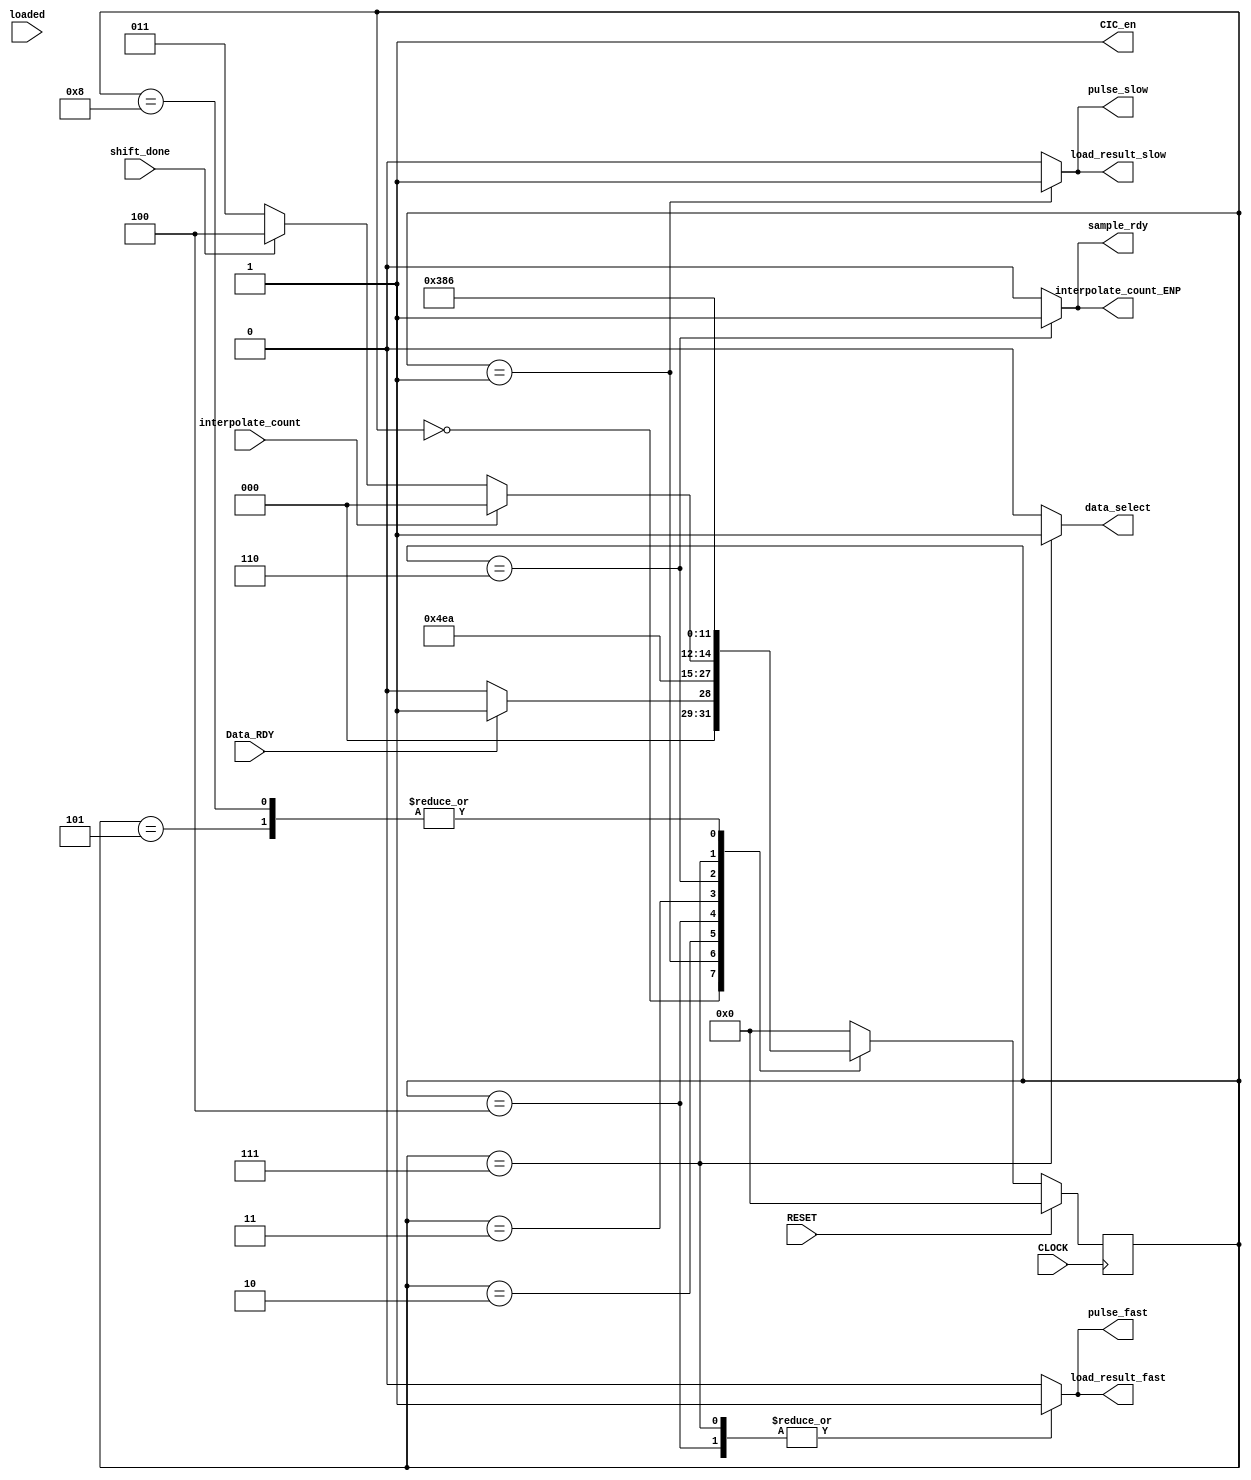
module VrSMex(CLOCK, RESET, Data_RDY, interpolate_count, loaded, shift_done, interpolate_count_ENP, CIC_en, pulse_slow, pulse_fast, data_select, sample_rdy, load_result_slow, load_result_fast);
  input CLOCK, RESET, Data_RDY, interpolate_count, shift_done, loaded;
  output interpolate_count_ENP, CIC_en, pulse_slow, pulse_fast, data_select, sample_rdy, load_result_slow, load_result_fast;
  reg interpolate_count_ENP, CIC_en, pulse_slow, pulse_fast, data_select, sample_rdy, load_result_slow, load_result_fast;
  reg [3:0] Sreg, Snext;          // State register and next state
  parameter [3:0] INIT            = 4'b0000,  // Define the states
                  LOAD_SLOW1      = 4'b0001,
                  LOAD_SLOW2      = 4'b0010,
                  WAIT            = 4'b0011,
                  LOAD_FAST1      = 4'b0100,
                  LOAD_FAST2      = 4'b0101,
                  SEND            = 4'b0110,
                  LOAD_FAST_INIT1 = 4'b0111,
                  LOAD_FAST_INIT2 = 4'b1000;               
                   
  always @ (posedge CLOCK)	 // Create the state memory
  if (RESET==1) Sreg <= INIT;
  else Sreg <= Snext;

  always @ (Data_RDY, interpolate_count, shift_done, Sreg, loaded) begin  // Next-state logic
    case (Sreg)
      INIT:         if (Data_RDY==1) Snext = LOAD_SLOW1;
                    else Snext = INIT;
      LOAD_SLOW1:   Snext = LOAD_SLOW2;
      LOAD_SLOW2:   Snext = LOAD_FAST_INIT1;
      LOAD_FAST1:   Snext = LOAD_FAST2;
      LOAD_FAST2:   Snext = SEND;
      WAIT:         if (interpolate_count==1)  Snext = INIT;
                    else if (shift_done==1) Snext = LOAD_FAST1;
                    else Snext = WAIT;
      SEND:         Snext = WAIT;
      LOAD_FAST_INIT1:    Snext = LOAD_FAST_INIT2;
      LOAD_FAST_INIT2:    Snext = SEND;           
      default:      Snext = INIT;
    endcase
  end

  always @ (Sreg) // Output logic
  begin
    interpolate_count_ENP = 1'b0;
    CIC_en = 1'b1;
    pulse_slow = 1'b0;
    pulse_fast = 1'b0;
    data_select = 1'b0;
    sample_rdy = 1'b0;
    load_result_slow = 1'b0;
    load_result_fast = 1'b0;
    case (Sreg)
      LOAD_SLOW1:   begin
                    load_result_slow = 1'b1;
                    pulse_slow = 1'b1;                    
                    end                                  
      LOAD_SLOW2:   begin
                    end
      LOAD_FAST1:    begin
                     load_result_fast = 1'b1;
                     pulse_fast = 1'b1;                     
                     end
      LOAD_FAST2:    begin
                     end                     
      SEND:         begin
                    sample_rdy = 1'b1;
                    interpolate_count_ENP = 1'b1;                    
                    end
      LOAD_FAST_INIT1:    begin
                          load_result_fast = 1'b1;
                          data_select = 1'b1;
                          pulse_fast = 1'b1;                          
                          end
      LOAD_FAST_INIT2:    begin
                          end                                                  
                                           
      default:      begin 
                    interpolate_count_ENP = 1'b0;
                    CIC_en = 1'b1;
                    pulse_slow = 1'b0;
                    pulse_fast = 1'b0;
                    data_select = 1'b0;                    
                    sample_rdy = 1'b0;
                    load_result_slow = 1'b0;
                    load_result_fast = 1'b0;    
                    end
    endcase
  end
endmodule